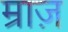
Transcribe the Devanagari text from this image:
म्राज़